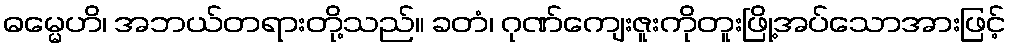
ဓမ္မေဟိ၊ အဘယ်တရားတို့သည်။ ခတံ၊ ဂုဏ်ကျေးဇူးကိုတူးဖြို့အပ်သောအားဖြင့်